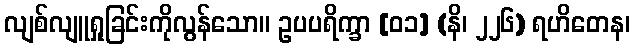
လျစ်လျူရှုခြင်းကိုလွန်သော။ ဥပပရိက္ခာ [၀၁] (နိ၊ ၂၂၆) ရဟိတေန၊